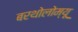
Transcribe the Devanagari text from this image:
बरथोलोम्यू